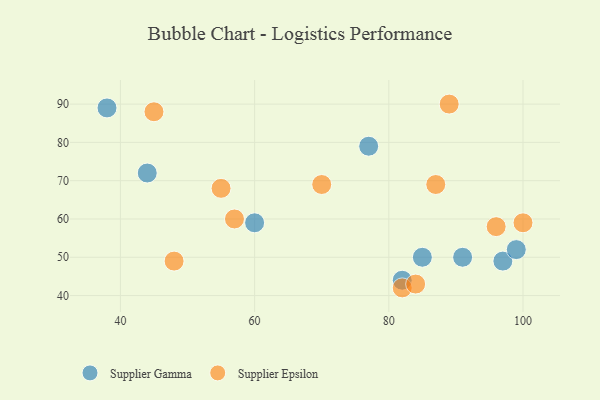
{"axis": {"x": "GDP", "y": "Life Expectancy"}, "legend": ["Supplier Epsilon", "Supplier Gamma"], "data": [{"x": "38", "y": 89, "type": "Supplier Gamma"}, {"x": "97", "y": 49, "type": "Supplier Gamma"}, {"x": "91", "y": 50, "type": "Supplier Gamma"}, {"x": "60", "y": 59, "type": "Supplier Gamma"}, {"x": "82", "y": 44, "type": "Supplier Gamma"}, {"x": "44", "y": 72, "type": "Supplier Gamma"}, {"x": "77", "y": 79, "type": "Supplier Gamma"}, {"x": "85", "y": 50, "type": "Supplier Gamma"}, {"x": "99", "y": 52, "type": "Supplier Gamma"}, {"x": "45", "y": 88, "type": "Supplier Epsilon"}, {"x": "48", "y": 49, "type": "Supplier Epsilon"}, {"x": "89", "y": 90, "type": "Supplier Epsilon"}, {"x": "57", "y": 60, "type": "Supplier Epsilon"}, {"x": "96", "y": 58, "type": "Supplier Epsilon"}, {"x": "100", "y": 59, "type": "Supplier Epsilon"}, {"x": "70", "y": 69, "type": "Supplier Epsilon"}, {"x": "82", "y": 42, "type": "Supplier Epsilon"}, {"x": "84", "y": 43, "type": "Supplier Epsilon"}, {"x": "87", "y": 69, "type": "Supplier Epsilon"}, {"x": "55", "y": 68, "type": "Supplier Epsilon"}]}